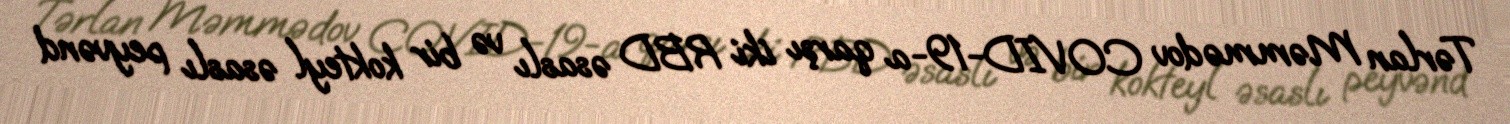
Tərlan Məmmədov COVID-19-a qarşı iki RBD əsaslı və bir kokteyl əsaslı peyvənd